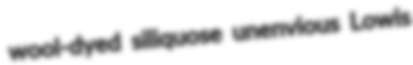
wool-dyed siliquose unenvious Lowis